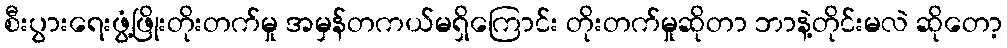
စီးပွားရေးဖွံ့ဖြိုးတိုးတက်မှု အမှန်တကယ်မရှိကြောင်း တိုးတက်မှုဆိုတာ ဘာနဲ့တိုင်းမလဲ ဆိုတော့